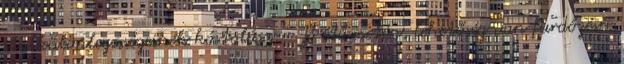
italkülönlegességeinek kóstolása. - Jó idő esetén, lehetőség van fürdőzésre